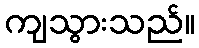
ကျသွားသည်။